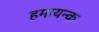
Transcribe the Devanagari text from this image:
हमायन्क